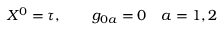
X ^ { 0 } = \tau , \qquad g _ { 0 a } = 0 \quad a = 1 , 2